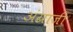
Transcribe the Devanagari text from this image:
अंग्राजी